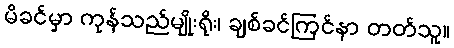
မိခင်မှာ ကုန်သည်မျိုးရိုး၊ ချစ်ခင်ကြင်နာ တတ်သူ။